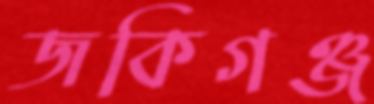
জকিগঞ্জ